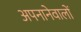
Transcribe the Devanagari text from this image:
अपनानेवालों